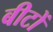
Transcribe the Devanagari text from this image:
बीटों